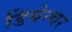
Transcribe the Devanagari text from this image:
डिबेन्‍चर